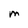
Character: M